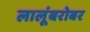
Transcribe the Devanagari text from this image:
लालूंबरोबर